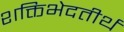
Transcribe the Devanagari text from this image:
शक्तिभेदतीर्थ